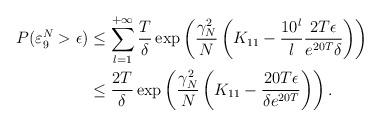
LaTeX: \begin{align*}P(\varepsilon_9^N>\epsilon)&\leq \sum_{l=1}^{+\infty}\frac{T}{\delta}\exp\left(\frac{\gamma_N^2}{N}\left(K_{11}-\frac{10^l}{l}\frac{2T\epsilon}{e^{20T}\delta}\right)\right)\\&\leq \frac{2T}{\delta}\exp\left(\frac{\gamma_N^2}{N}\left(K_{11}-\frac{20T\epsilon}{\delta e^{20T}}\right)\right).\end{align*}